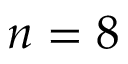
n = 8